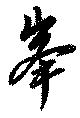
峯